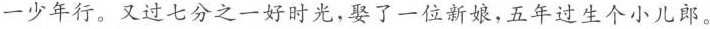
一少年行。又过七分之一好时光，娶了一位新娘，五年过生个小儿郎。